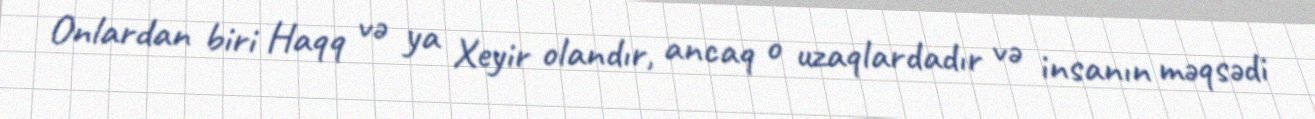
Onlardan biri Haqq və ya Xeyir olandır, ancaq o uzaqlardadır və insanın məqsədi